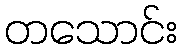
တသောင်း